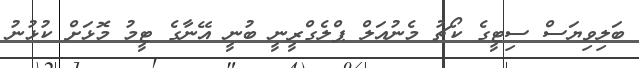
ބަލިވިޔަސް ސިޓީގެ ކޯޗު މެނުއަލް ޕްލެގްރީނީ ބުނީ އޭނާގެ ޓީމު މޮޅަށް ކުޅުނު